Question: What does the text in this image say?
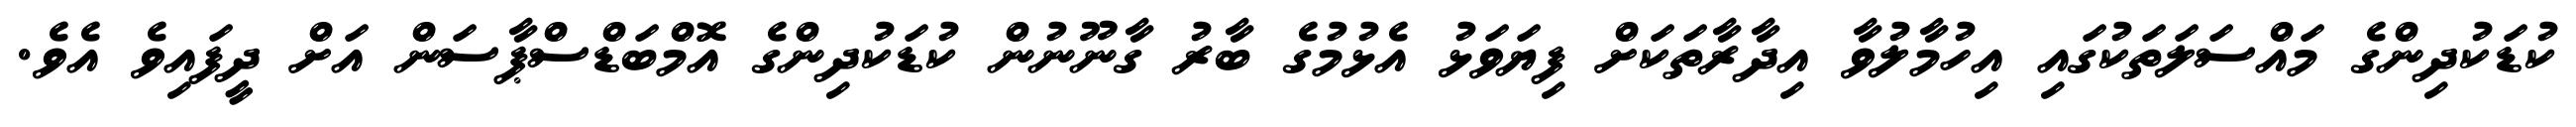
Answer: ކުޑަކުދިންގެ މައްސަލަތަކުގައި އިހުމާލުވާ އިދާރާތަކަށް ފިޔަވަޅު އެޅުމުގެ ބާރު ގާނޫނުން ކުޑަކުދިންގެ އޮމްބަޑްސްޕާސަން އަށް ދީފައިވެ އެވެ.